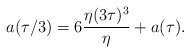
\begin{align*}a(\tau/3) = 6{\eta (3\tau)^3 \over\eta} + a(\tau).\end{align*}